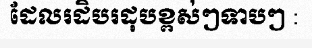
ដែលរដិបរដុបខ្ពស់ៗទាបៗ :